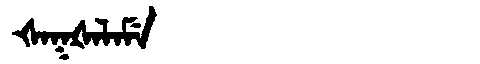
Manchu: ᡧᠠᡴᡧᠠᠯᠠᠮᡝ
Romanization: ŠAKŠALAME